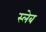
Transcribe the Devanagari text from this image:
स्लेब